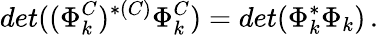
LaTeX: det((\Phi_{k}^{C})^{*(C)}\Phi_{k}^{C})=det(\Phi_{k}^{*}\Phi_{k})\, .